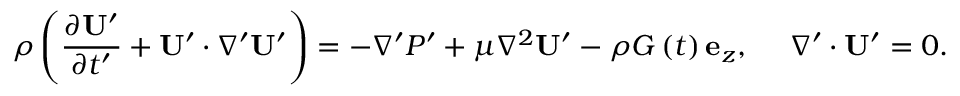
\rho \left( \frac { \partial \mathbf { U } ^ { \prime } } { \partial t ^ { \prime } } + \mathbf { U ^ { \prime } } \cdot \nabla ^ { \prime } \mathbf { U ^ { \prime } } \right) = - \nabla ^ { \prime } P ^ { \prime } + \mu \nabla ^ { 2 } \mathbf { U ^ { \prime } } - \rho G \left( t \right) \mathbf { e } _ { z } , \ \ \ \ \nabla ^ { \prime } \cdot \mathbf { U ^ { \prime } } = 0 .